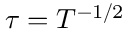
\tau = T ^ { - 1 / 2 }